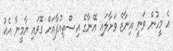
އެ މީހުން ވަނީ އިނާޒް ވަށާލައި އޭނާގެ އިސްތިއުފާއަށް ގޮވައި ޔާމީނާ އެކު